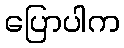
ပြောပါက